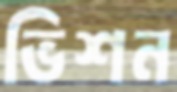
ভিশন